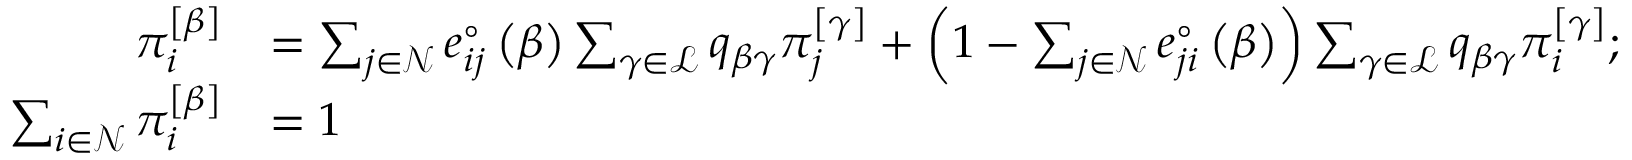
\begin{array} { r l } { \pi _ { i } ^ { \left[ \beta \right] } } & { = \sum _ { j \in \mathcal { N } } e _ { i j } ^ { \circ } \left( \beta \right) \sum _ { \gamma \in \mathcal { L } } q _ { \beta \gamma } \pi _ { j } ^ { \left[ \gamma \right] } + \left( 1 - \sum _ { j \in \mathcal { N } } e _ { j i } ^ { \circ } \left( \beta \right) \right) \sum _ { \gamma \in \mathcal { L } } q _ { \beta \gamma } \pi _ { i } ^ { \left[ \gamma \right] } ; } \\ { \sum _ { i \in \mathcal { N } } \pi _ { i } ^ { \left[ \beta \right] } } & { = 1 } \end{array}